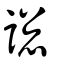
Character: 𧩪